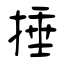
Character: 捶